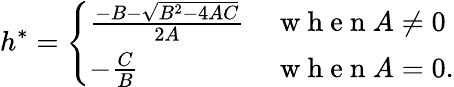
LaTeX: h^{\ast}=\left\{ \begin{array}{ll}{\frac{-B-\sqrt{B^{2}-4AC}}{2A}}&{\mathrm{~w~h~e~n~}A\neq 0}\\ {-\frac{C}{B}}&{\mathrm{~w~h~e~n~}A=0.}\end{array}\right.